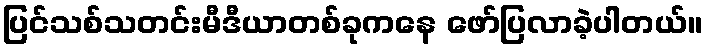
ပြင်သစ်သတင်းမီဒီယာတစ်ခုကနေ ဖော်ပြလာခဲ့ပါတယ်။